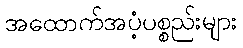
အထောက်အပံ့ပစ္စည်းများ